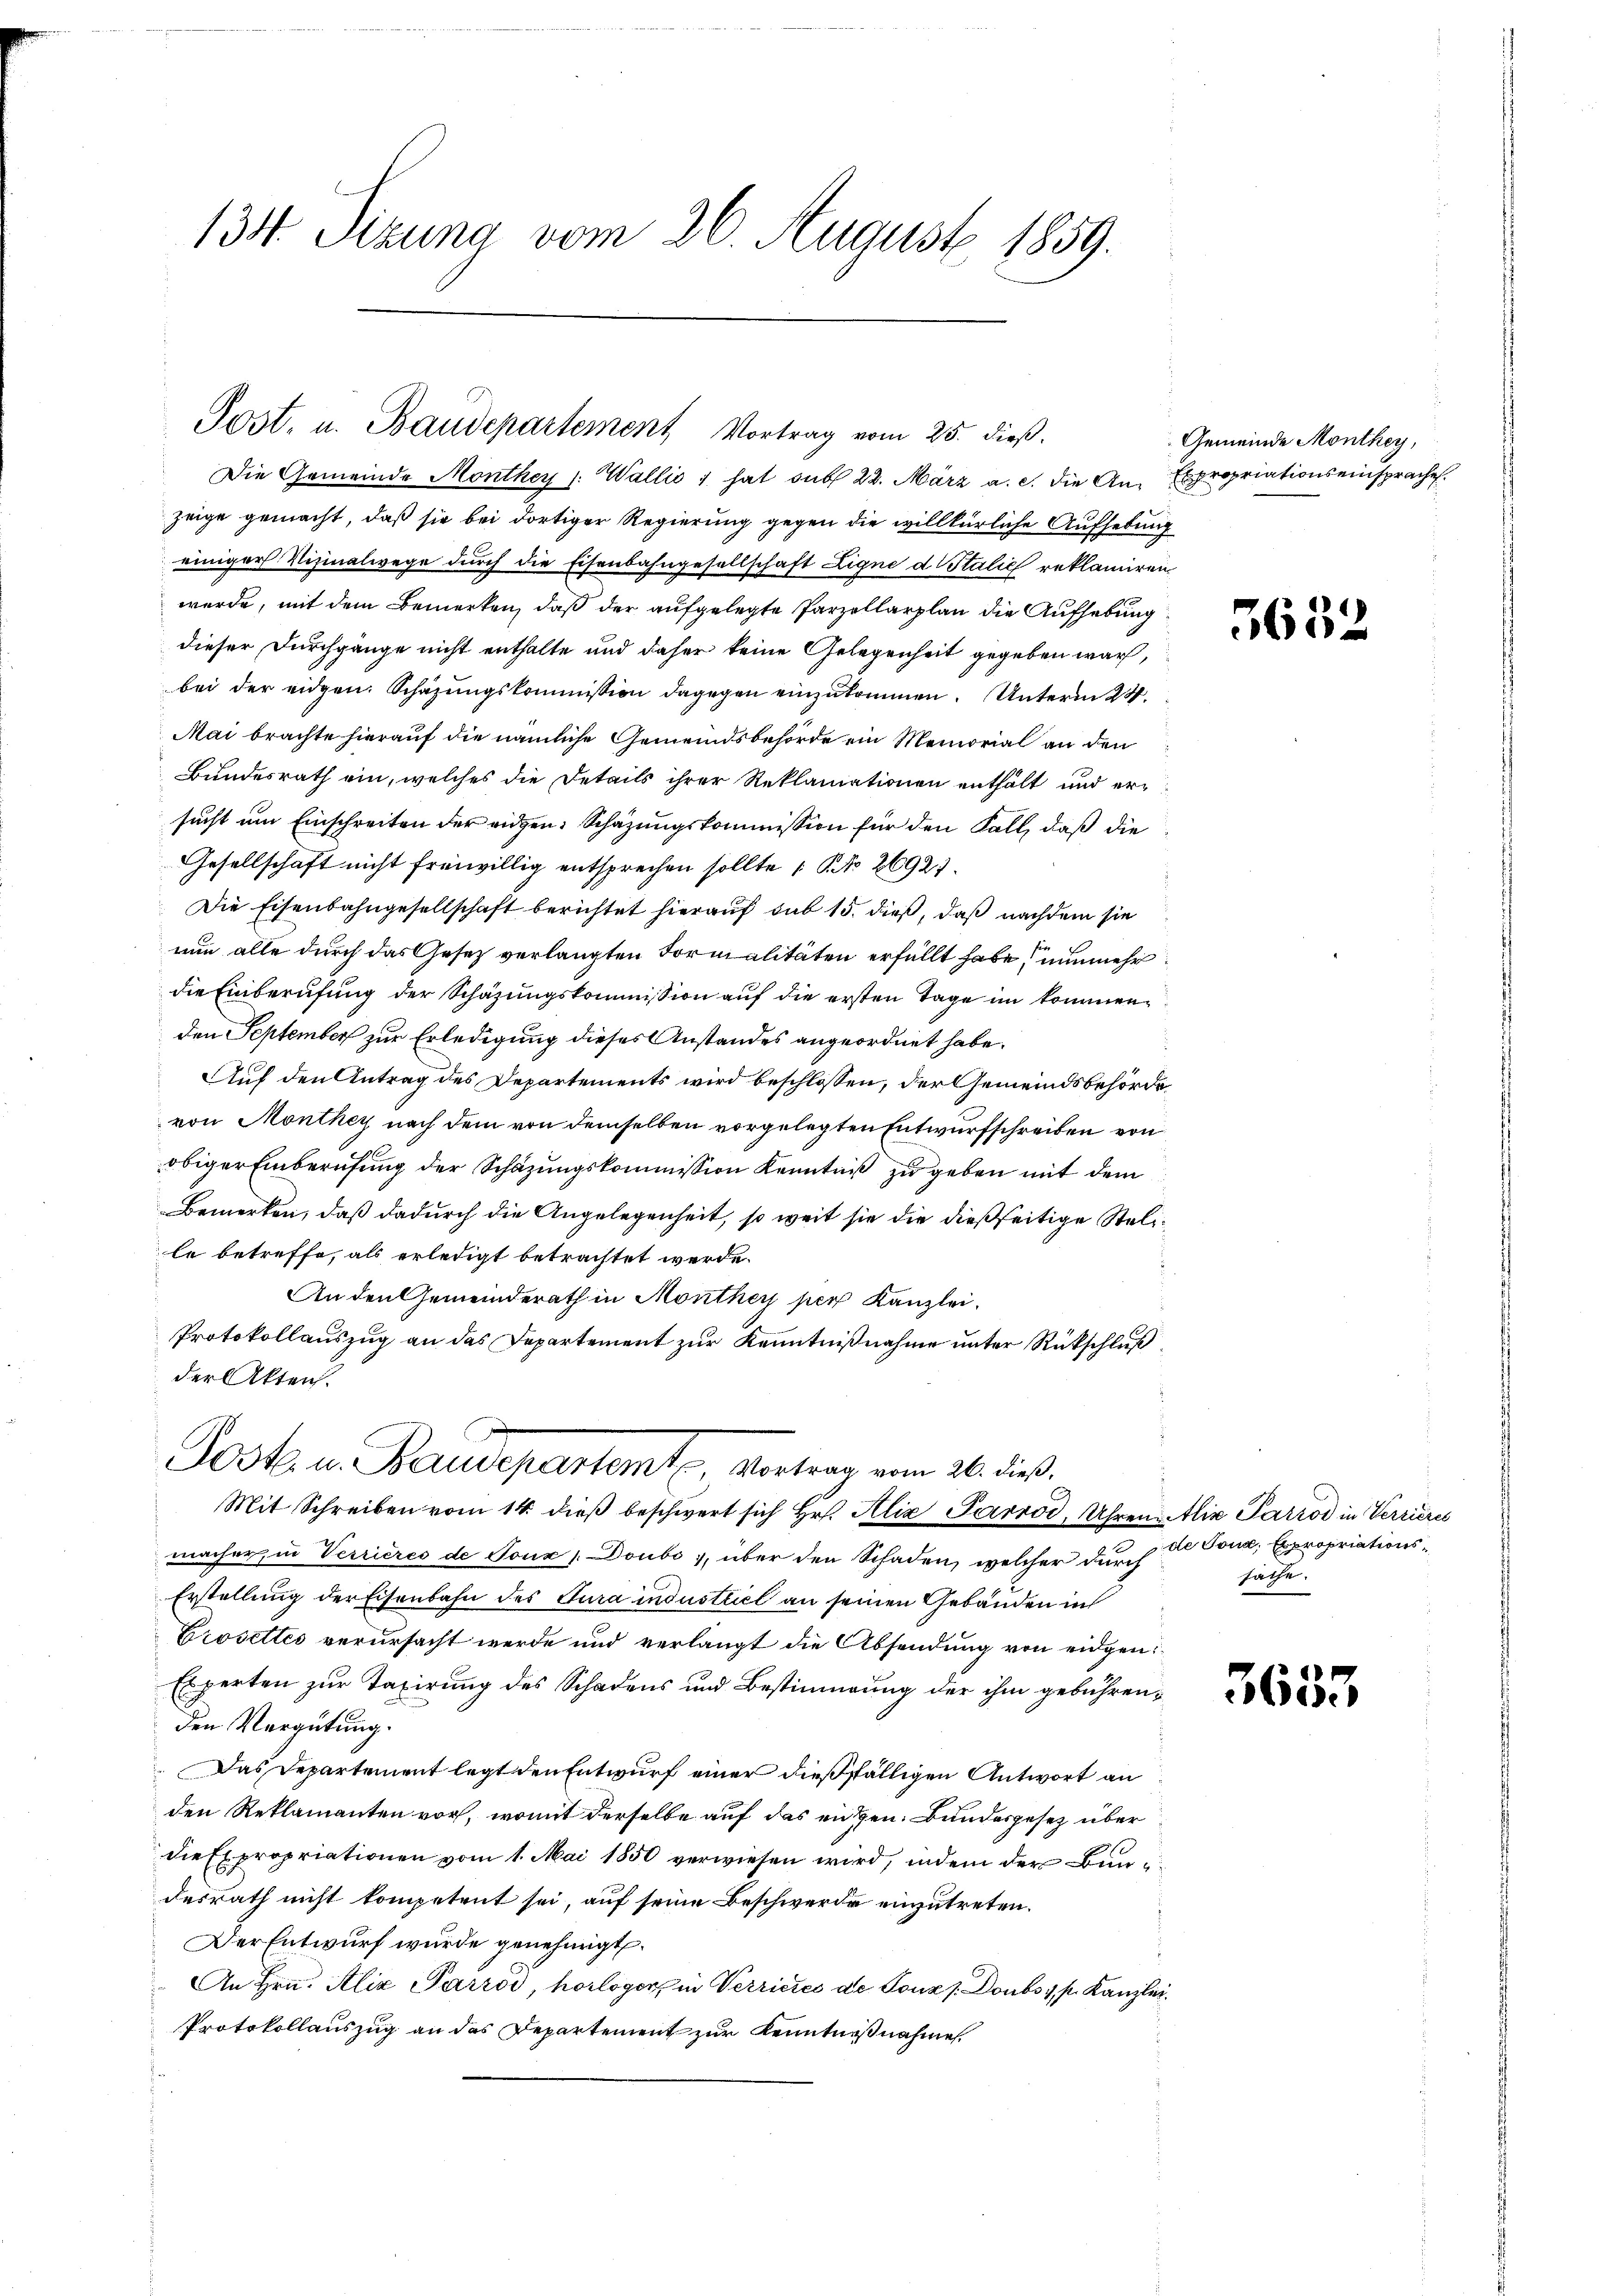
134 Sizung vom 26. August 1859.

Post. u. Baudepartement Vortrag vom 25. dieß.

Die Gemeinde Monthey (: Wallis 1 hat sub 22. März a. c. die An- Expropriationseinsprache.
zeige gemacht, daß sie bei dortiger Regierung gegen die willkürliche Aufhebung
einiger Vizinalwege durch die Eisenbahngesellschaft Ligne d Italić reklamiren
wurde, mit dem Bemerken, daß der aufgelegte Parzellarplan die Aufhebung
dieser Durchgänge nicht enthalte und daher keine Gelegenheit gegeben war,
bei der eidgen. Schazungskommission dagegen einzukommen. Unterm 24.
Mai brachte hierauf die nämliche Gemeindsbehörde ein Memorial an den
Bundesrath ein, welches die Details ihrer Reklamationen enthält und ersucht um Einschreiten der eidgen. Schazungskommission für den Fall, daß die
Gesellschaft nicht freiwillig entsprechen sollte No 26921.
Die Eisenbahngesellschaft berichtet hierauf sub 15. dieß, daß nachdem sie
nun alle durch das Gesetz verlangten Formalitäten erfüllt habe, nunmehr
die Einberufung der Schazungskommission auf die ersten Tage im kommenden September zur Erledigung dieses Anstandes angeordnet habe.
Auf den Antrag des Departements wird beschlossen, der Gemeindsbehörde
von Monthey nach dem von demselben vorgelegten Entwurfschreiben von
obiger Einberufung der Schazungskommission Kenntniß zu geben mit dem
Bemerken, daß dadurch die Angelegenheit, so weit sie die dießseitige Stelile betreffe, als erledigt betrachtet werde.
An den Gemeinderath in Monthey per Kanzlei.
Protokollauszug an das Departement zur Kenntnißnahme unter Rückschluß
der Akten.
Post. u. Baudepartemt, Vortrag vom 26. dieß.
Mit Schreiben vom 14. dieß beschwert sich Hr. Aliz Parrod, Uhren Alix Parrod in Verrieres
macher, in Verrieres de Joux Doubo, über den Schaden, welcher durch
Erstellung der Eisenbahn des Jura industriel an seinen Gebäuden in
Prosettes verursacht werde und verlangt die Absendung von eidgen:
Experten zur Taxirung des Schadens und Bestimmung der ihm gebührenden Vergütung.
Das Departement legt den Entwurf einer dießfälligen Antwort an
den Reklamanten vor, womit derselbe auf das eigen. Bundesgesetz über
die Expropriationen vom 1. Mai 1850 verwiesen wird, indem der Bundesrath nicht kompetent sei, auf seine Beschwerde einzutreten.
Der Entwurf wurde genehmigt.
An Hrn. Aliz Parrod, horloger in Verriches de Tonzs. Doubs v, p. Kanzlei
Protokollauszug an das Departement zur Kenntnißnahmen.

Gemeinde Monthey,

5632

de Jona, Expropriationssäthe.

3655